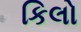
કિલો